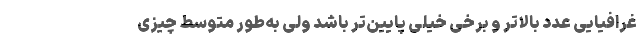
غرافیایی عدد بالاتر و برخی خیلی پایین‌تر باشد ولی به‌طور متوسط چیزی